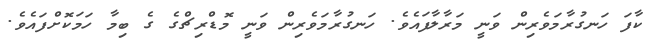
ކާފަ ހަނގުރާމަވެރިން ވަނީ މަރާލާފައެވެ. ހަނގުރާމަވެރިން ވަނީ މޮޑްރިޗްގެ ގެ ބިމާ ހަމަކޮށްފައެވެ.